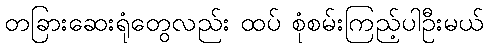
တခြားဆေးရုံတွေလည်း ထပ် စုံစမ်းကြည့်ပါဦးမယ်